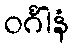
ဝင်္ဂါနံ